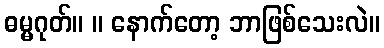
ဓမ္မဂုတ်။ ။ နောက်တော့ ဘာဖြစ်သေးလဲ။